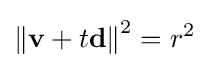
\left\Vert \mathbf {v} +t\mathbf {d} \right\Vert ^{2}=r^{2}